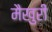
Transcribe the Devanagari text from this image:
मैखुरी